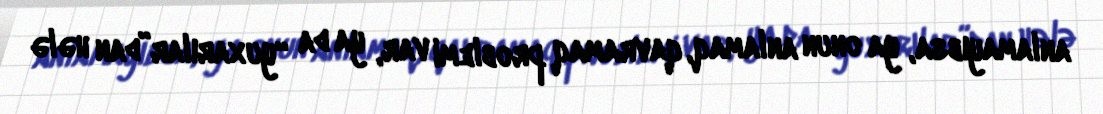
anlamayıbsa, ya onun anlamaq, qavramaq problemi var, ya da “yuxarılar”dan hələ